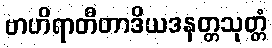
ဗာဟိရာတီတာဒိယဒနတ္တသုတ္တံ